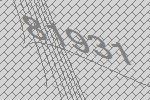
81931